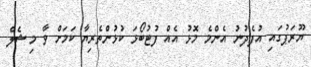
ޔޫރަޕުގައި އުފެދުނު އެންމެ މޮޅު އެއް ފުޓުބޯޅަ ކުޅުންތެރިޔާ ކަމަށް ވާ މިޝެލް